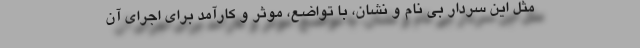
مثل این سردار بی نام و نشان، با تواضع، موثر و کارآمد برای اجرای آن